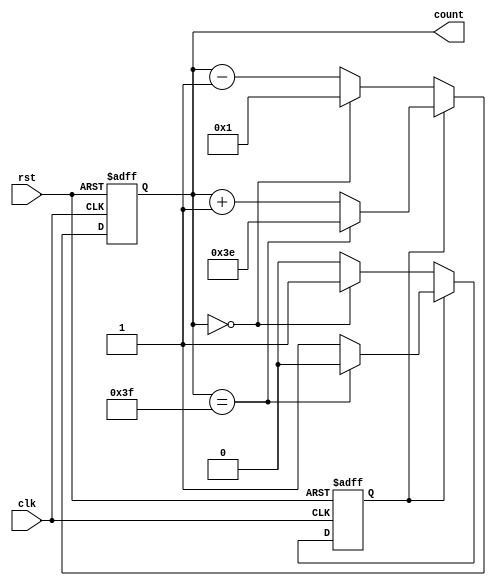
`timescale 1ns / 1ps

module Signal_Generator_180phase #(parameter WIDTH_TRIANG = 6)(
    input clk,        // Reloj de entrada
    input rst,        // Seal de reinicio
    output reg [WIDTH_TRIANG-1:0] count // Salida triangular de 12 bits
);

//reg [WIDTH_TRIANG-1:0] count; // contador de 12 bits
reg direction;

always @(posedge clk or posedge rst) begin
    if (rst) begin
        count <= 6'b111111;
        direction <= 1;
    end
    else begin
        if (direction) begin
            if (count == 6'b111111) begin // 4095 en binario
                direction <= 0;
                count <= 6'b111110 ; end 
            else
                count <= count + 1;
        end
        else begin
            if (count == 6'b000000) begin// 0 en binario
                direction <= 1;
                count <= 6'b000001; end
            else
                count <= count - 1;
        end
    end
end

//assign triangular_out = count;

endmodule